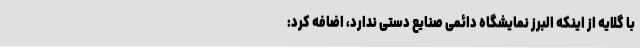
با گلایه از اینکه البرز نمایشگاه دائمی صنایع دستی ندارد، اضافه کرد: